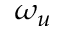
\omega _ { u }